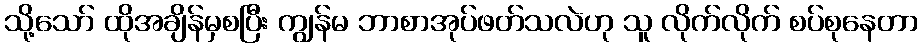
သို့သော် ထိုအချိန်မှစပြီး ကျွန်မ ဘာစာအုပ်ဖတ်သလဲဟု သူ လိုက်လိုက် စပ်စုနေတာ